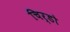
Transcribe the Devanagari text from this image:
चिर्डो